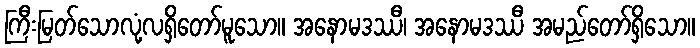
ကြီးမြတ်သောလုံ့လရှိတော်မူသော။ အနောမဒဿီ၊ အနောမဒဿီ အမည်တော်ရှိသော။